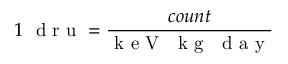
1 ~ \mathrm { ~ d ~ r ~ u ~ } = \frac { c o u n t } { \mathrm { ~ k ~ e ~ V ~ ~ ~ k ~ g ~ ~ ~ d ~ a ~ y ~ } }